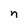
Character: n